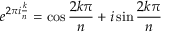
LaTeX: e ^ { 2 \pi i { \frac { k } { n } } } = \cos { \frac { 2 k \pi } { n } } + i \sin { \frac { 2 k \pi } { n } }